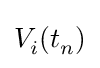
V_{i}^{}(t_{n}^{})